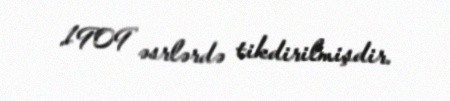
1909 əsrlərdə tikdirilmişdir.